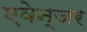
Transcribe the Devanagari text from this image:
एवेन्जर